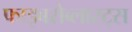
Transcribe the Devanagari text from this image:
फाइबरोब्लास्ट्स